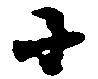
小